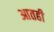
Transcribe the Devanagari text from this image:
आतही